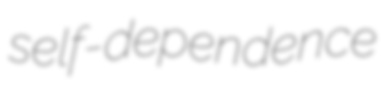
self-dependence